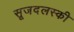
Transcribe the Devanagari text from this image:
सूजदलस्की